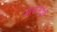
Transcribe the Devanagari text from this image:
जलनरोधी